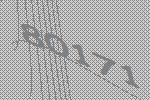
80171